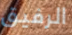
الرفيق